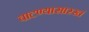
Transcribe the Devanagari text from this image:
वाटण्यासारखं